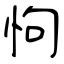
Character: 怐